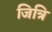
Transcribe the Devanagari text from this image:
जित्रि